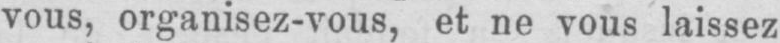
vous, organisez-vous, et ne vous laissez